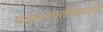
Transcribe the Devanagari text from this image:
प्रकल्पपूर्तीसाठी